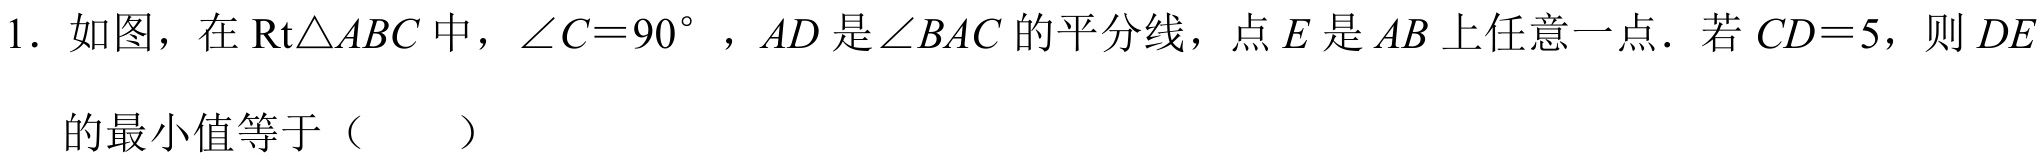
1. 如图，在\(\text{Rt}\triangle ABC\)中，\(\angle C = 90^{\circ}\)，\(AD\)是\(\angle BAC\)的平分线，点\(E\)是\(AB\)上任意一点．若\(CD = 5\)，则\(DE\)的最小值等于（  ）